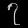
Digit: ၇